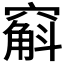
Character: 𫁚